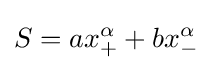
S=ax_{+}^{\alpha }+bx_{-}^{\alpha }